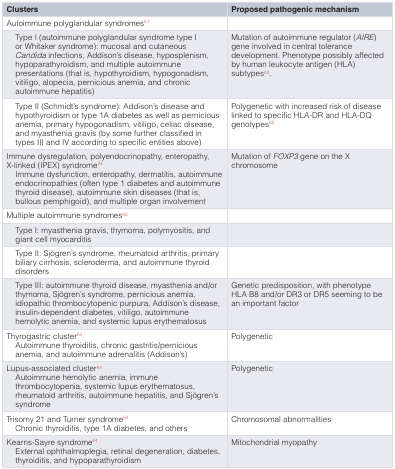
<table><thead><tr><td><b>Clusters</b></td><td><b>Proposed pathogenic mechanism</b></td></tr></thead><tbody><tr><td>Autoimmune polyglandular syndromes<sup>61</sup></td><td></td></tr><tr><td>Type I (autoimmune polyglandular syndrome type Ior Whitaker syndrome): mucosal and cutaneous<i>Candida</i> infections, Addison’s disease, hyposplenism,hypoparathyroidism, and multiple autoimmunepresentations (that is, hypothyroidism, hypogonadism,vitiligo, alopecia, pernicious anemia, and chronicautoimmune hepatitis)</td><td>Mutation of autoimmune regulator (<i>AIRE</i>)gene involved in central tolerancedevelopment. Phenotype possibly affectedby human leukocyte antigen (HLA)subtypes<sup>62</sup>.</td></tr><tr><td>Type II (Schmidt’s syndrome): Addison’s disease andhypothyroidism or type 1A diabetes as well as perniciousanemia, primary hypogonadism, vitiligo, celiac disease,and myasthenia gravis (by some further classified intypes III and IV according to specific entities above)</td><td>Polygenetic with increased risk of diseaselinked to specific HLA-DR and HLA-DQgenotypes<sup>63</sup></td></tr><tr><td>Immune dysregulation, polyendocrinopathy, enteropathy,X-linked (IPEX) syndrome<sup>24</sup>Immune dysfunction, enteropathy, dermatitis, autoimmuneendocrinopathies (often type 1 diabetes and autoimmunethyroid disease), autoimmune skin diseases (that is,bullous pemphigoid), and multiple organ involvement</td><td>Mutation of<i>FOXP3</i> gene on the Xchromosome</td></tr><tr><td>Multiple autoimmune syndromes<sup>60</sup></td><td></td></tr><tr><td>Type I: myasthenia gravis, thymoma, polymyositis, andgiant cell myocarditis</td><td></td></tr><tr><td>Type II: Sjögren’s syndrome, rheumatoid arthritis, primarybiliary cirrhosis, scleroderma, and autoimmune thyroiddisorders</td><td></td></tr><tr><td>Type III: autoimmune thyroid disease, myasthenia and/orthymoma, Sjögren’s syndrome, pernicious anemia,idiopathic thrombocytopenic purpura, Addison’s disease,insulin-dependent diabetes, vitiligo, autoimmunehemolytic anemia, and systemic lupus erythematosus</td><td>Genetic predisposition, with phenotypeHLA B8 and/or DR3 or DR5 seeming to bean important factor</td></tr><tr><td>Thyrogastric cluster<sup>64</sup>Autoimmune thyroiditis, chronic gastritis/perniciousanemia, and autoimmune adrenalitis (Addison’s)</td><td>Polygenetic</td></tr><tr><td>Lupus-associated cluster<sup>64</sup>Autoimmune hemolytic anemia, immunethrombocytopenia, systemic lupus erythematosus,rheumatoid arthritis, autoimmune hepatitis, and Sjögren’ssyndrome</td><td>Polygenetic</td></tr><tr><td>Trisomy 21 and Turner syndrome<sup>64</sup>Chronic thyroiditis, type 1A diabetes, and others</td><td>Chromosomal abnormalities</td></tr><tr><td>Kearns-Sayre syndrome<sup>64</sup>External ophthalmoplegia, retinal degeneration, diabetes,thyroiditis, and hypoparathyroidism</td><td>Mitochondrial myopathy</td></tr></tbody></table>